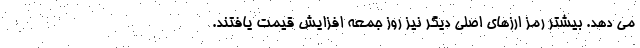
می دهد. بیشتر رمز ارزهای اصلی دیگر نیز روز جمعه افزایش قیمت یافتند.